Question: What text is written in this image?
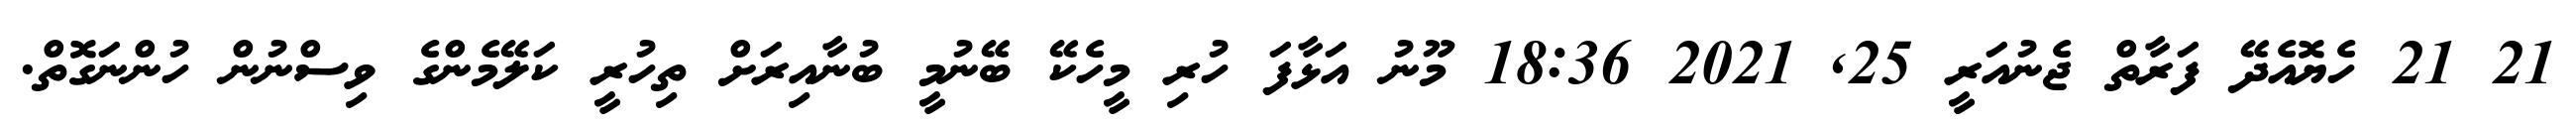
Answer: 21 21 ހެޔޮއެދޭ ފަރާތް ޖެނުއަރީ 25, 2021 18:36 މޫނު އަޅާފަ ހުރި މީހެކޭ ބޭނުމީ ބުނާއިރަށް ތިހުރީ ކަލޭމެންގެ ވިސްނުން ހުންނަގޮތް.